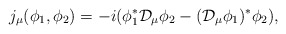
\begin{align*}j_\mu(\phi_1,\phi_2)=-i(\phi_1^{*}{\cal D}_\mu\phi_2-({\cal D}_\mu\phi_1)^{*}\phi_2),\end{align*}